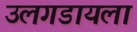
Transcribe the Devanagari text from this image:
उलगडायला